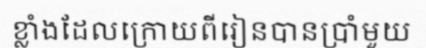
ខ្លាំងដែលក្រោយពីរៀនបានប្រាំមួយ